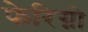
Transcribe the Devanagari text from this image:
फेरिग्नो